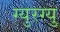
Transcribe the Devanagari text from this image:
ग्युरग्यु